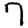
Digit: 7